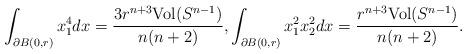
LaTeX: \begin{align*}\int_{\partial B(0,r)}x_{1}^{4}dx=\frac{3r^{n+3}\mathrm{Vol}(S^{n-1})}{n(n+2)},\int_{\partial B(0,r)}x_{1}^{2}x_{2}^{2}dx=\frac{r^{n+3}\mathrm{Vol}(S^{n-1})}{n(n+2)}.\end{align*}